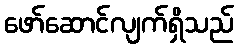
ဖော်ဆောင်လျက်ရှိသည်